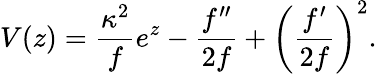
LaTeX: V(z)=\frac{{\kappa}^{2}}{f}e^{z}-\frac{f^{\prime\prime}}{2f}+\left(\frac{f^{\prime}}{2f}\right)^{2}.